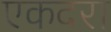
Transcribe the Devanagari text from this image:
एकदरा